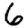
Digit: 6